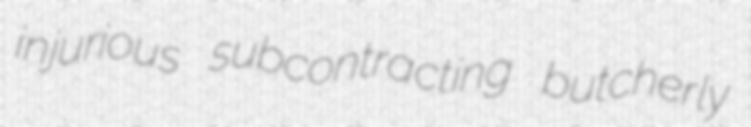
injurious subcontracting butcherly